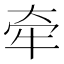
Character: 牵